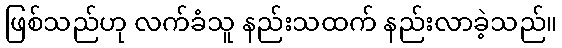
ဖြစ်သည်ဟု လက်ခံသူ နည်းသထက် နည်းလာခဲ့သည်။